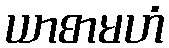
ယာစာမဟံ